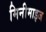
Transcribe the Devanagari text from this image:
मिनीमाइज